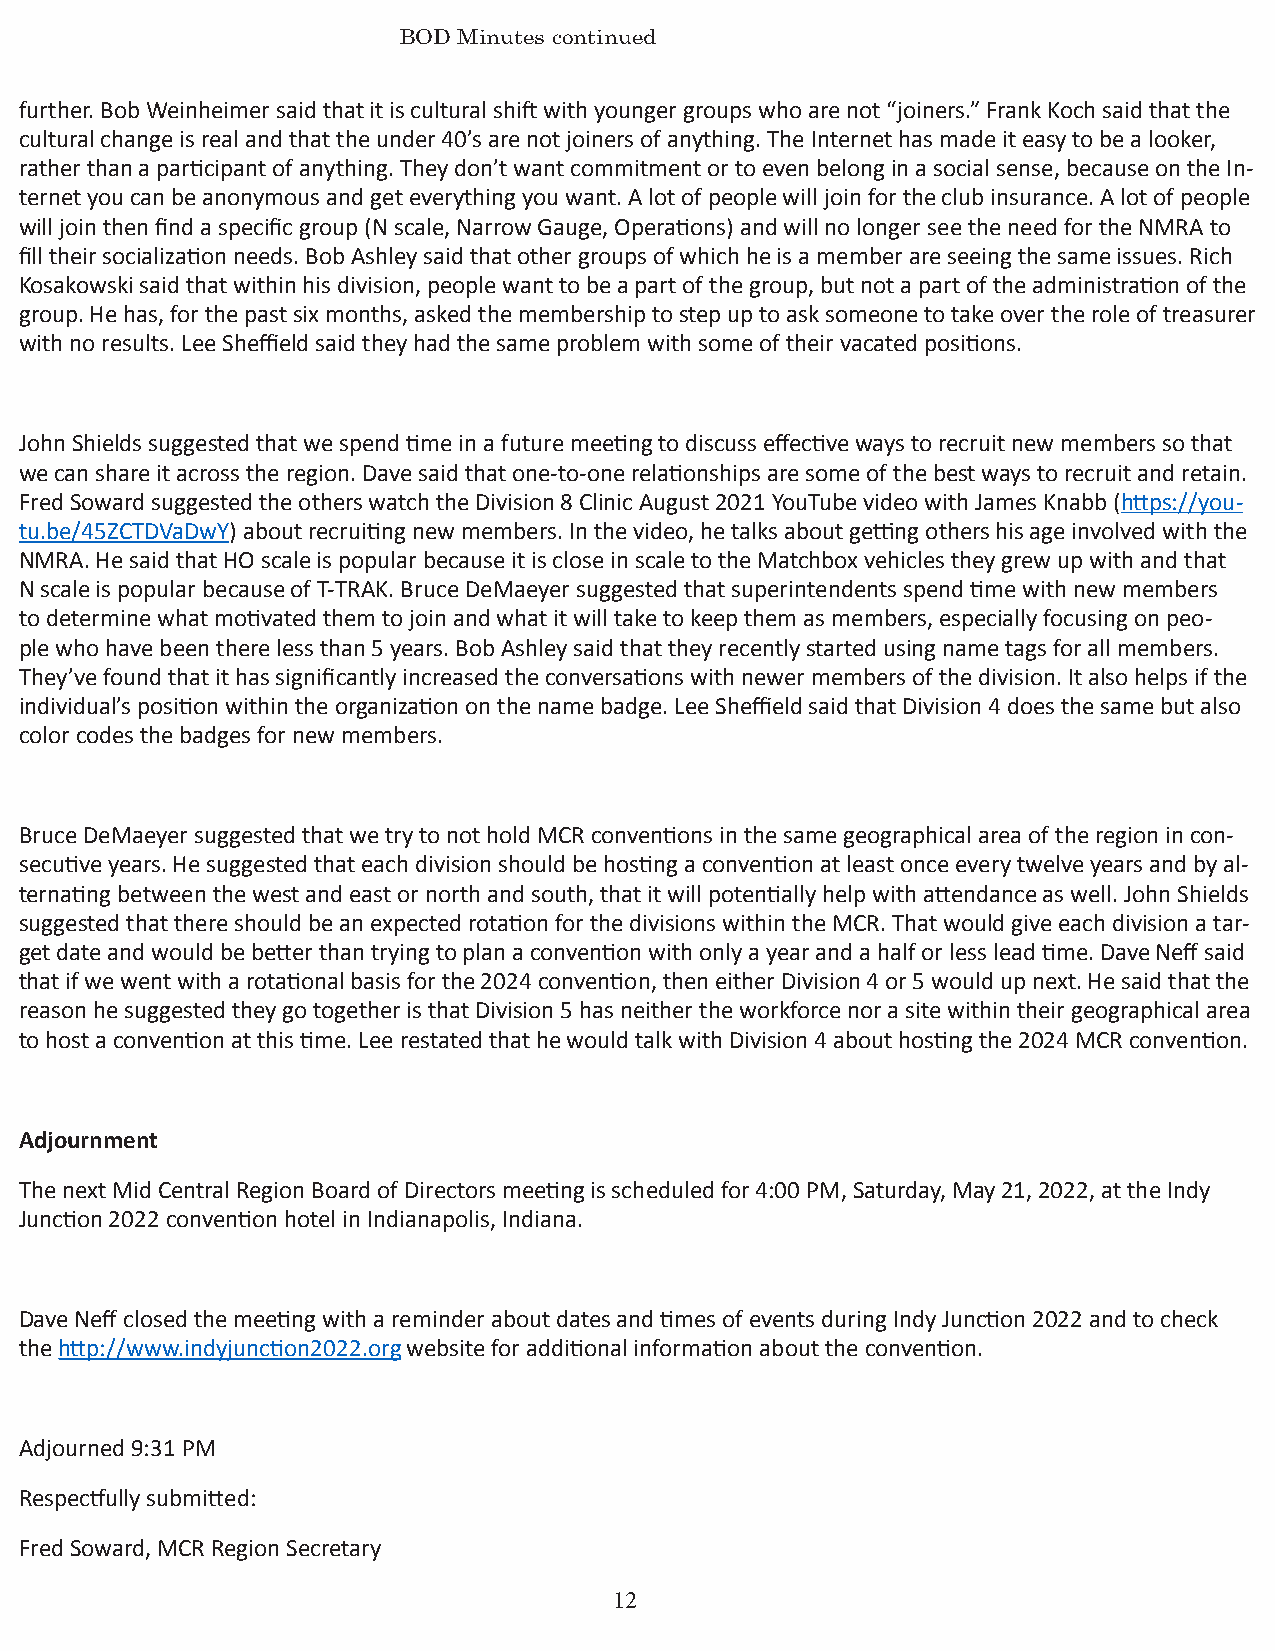
BOD Minutes continued
 further. Bob Weinheimer said that it is cultural shift with younger groups who are not “joiners.” Frank Koch said that the
 cultural change is real and that the under 40’s are not joiners of anything. The Internet has made it easy to be a looker,
 rather than a participant of anything. They don’t want commitment or to even belong in a social sense, because on the In-
 ternet you can be anonymous and get everything you want. A lot of people will join for the club insurance. A lot of people
 will join then find a specific group (N scale, Narrow Gauge, Operations) and will no longer see the need for the NMRA to
 fill their socialization needs. Bob Ashley said that other groups of which he is a member are seeing the same issues. Rich
 Kosakowski said that within his division, people want to be a part of the group, but not a part of the administration of the
 group. He has, for the past six months, asked the membership to step up to ask someone to take over the role of treasurer
 with no results. Lee Sheffield said they had the same problem with some of their vacated positions.
 John Shields suggested that we spend time in a future meeting to discuss effective ways to recruit new members so that
 we can share it across the region. Dave said that one-to-one relationships are some of the best ways to recruit and retain.
 Fred Soward suggested the others watch the Division 8 Clinic August 2021 YouTube video with James Knabb (https://you-
 tu.be/45ZCTDVaDwY) about recruiting new members. In the video, he talks about getting others his age involved with the
 NMRA. He said that HO scale is popular because it is close in scale to the Matchbox vehicles they grew up with and that
 N scale is popular because of T-TRAK. Bruce DeMaeyer suggested that superintendents spend time with new members
 to determine what motivated them to join and what it will take to keep them as members, especially focusing on peo-
 ple who have been there less than 5 years. Bob Ashley said that they recently started using name tags for all members.
 They’ve found that it has significantly increased the conversations with newer members of the division. It also helps if the
 individual’s position within the organization on the name badge. Lee Sheffield said that Division 4 does the same but also
 color codes the badges for new members.
 Bruce DeMaeyer suggested that we try to not hold MCR conventions in the same geographical area of the region in con-
 secutive years. He suggested that each division should be hosting a convention at least once every twelve years and by al-
 ternating between the west and east or north and south, that it will potentially help with attendance as well. John Shields
 suggested that there should be an expected rotation for the divisions within the MCR. That would give each division a tar-
 get date and would be better than trying to plan a convention with only a year and a half or less lead time. Dave Neff said
 that if we went with a rotational basis for the 2024 convention, then either Division 4 or 5 would up next. He said that the
 reason he suggested they go together is that Division 5 has neither the workforce nor a site within their geographical area
 to host a convention at this time. Lee restated that he would talk with Division 4 about hosting the 2024 MCR convention.
 Adjournment
 The next Mid Central Region Board of Directors meeting is scheduled for 4:00 PM, Saturday, May 21, 2022, at the Indy
 Junction 2022 convention hotel in Indianapolis, Indiana.
 Dave Neff closed the meeting with a reminder about dates and times of events during Indy Junction 2022 and to check
 the http://www.indyjunction2022.org website for additional information about the convention.
 Adjourned 9:31 PM
 Respectfully submitted:
 Fred Soward, MCR Region Secretary
 12